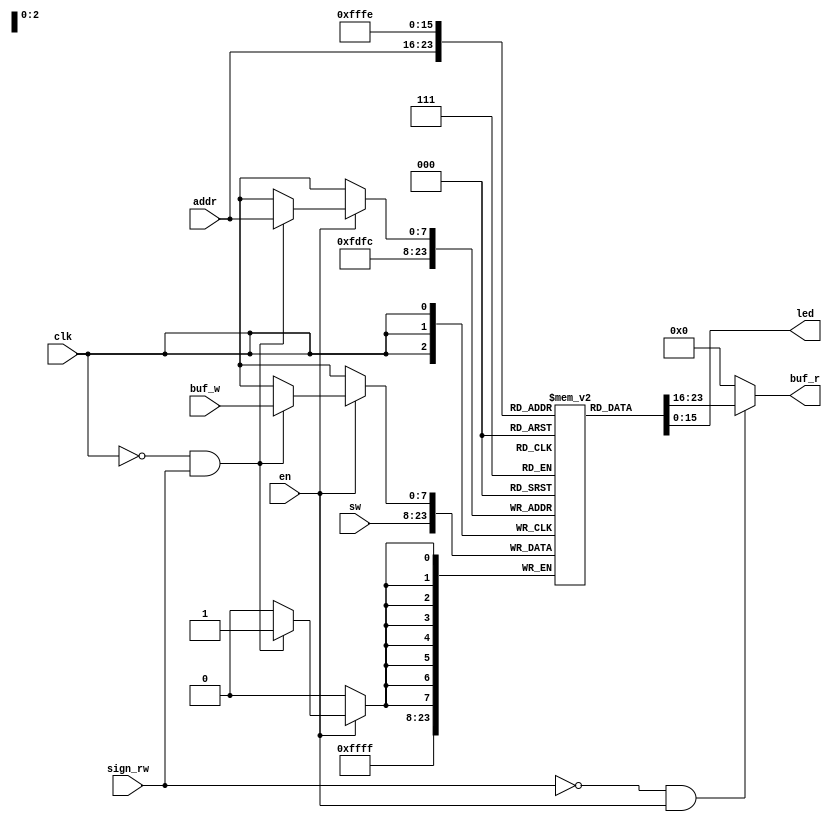
module mem_data(
    input clk,
    input en,
    input sign_rw,
    input [7:0]addr,
    input [7:0]buf_w,
    input [15:0]sw,
    output [15:0]led,
    output [7:0]buf_r
);
    integer i;
    reg [7:0]mem[256];
    initial 
    begin
        for(i=0;i<256;i=i+1)
            mem[i]<=8'd0;
    end
    always@(negedge clk)
    begin
        if(en==1'b1)
        begin
            if(clk==1'b0 && sign_rw==1'b1)
            begin
                mem[addr]<=buf_w;
            end
        end
        mem[252]<=sw[7:0];
        mem[253]<=sw[15:8];
        
    end
    assign buf_r= (sign_rw==1'b0 && en==1'b1)?mem[addr]:8'd0;
    assign led[15:8]=mem[255];
    assign led[7:0]=mem[254];
endmodule